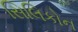
સિલિકોન